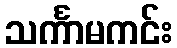
သင်္ကာမကင်း